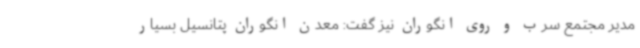
مدیر مجتمع سرب و روی انگوران نیز گفت: معدن انگوران پتانسیل بسیار